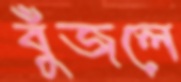
বুঁজলে